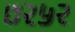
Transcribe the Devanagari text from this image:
७२५२